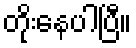
တိုးနေပါပြီ။